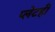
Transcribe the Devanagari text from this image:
प्लेटही